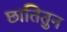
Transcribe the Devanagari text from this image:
छातितुन